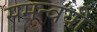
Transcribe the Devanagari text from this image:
समन्वयी